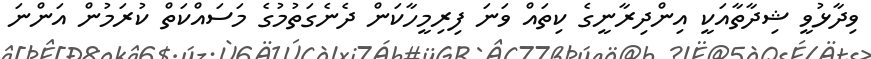
ވިދާޅުވީ ޝިދާތާއަކީ އިންދިރާނީގެ ކިތައް ވަނަ ފިރިމީހާކަން ދެނެގަތުމުގެ މަސައްކަތް ކުރަމުން އަންނަ